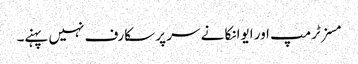
مسز ٹرمپ اور ایوانکا نے سر پر سکارف نہیں پہنے۔